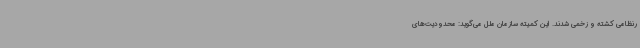
رنظامی کشته و زخمی شدند. این کمیته سازمان ملل می‌گوید: محدودیت‌های